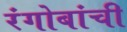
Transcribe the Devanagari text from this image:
रंगोबांची